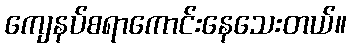
ကျေနပ်စရာကောင်းနေသေးတယ်။